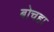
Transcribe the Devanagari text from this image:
बोचहा